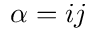
\alpha = i j